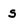
Character: S